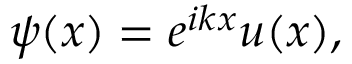
\psi ( x ) = e ^ { i k x } u ( x ) ,